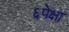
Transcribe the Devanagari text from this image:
६पेक्षा